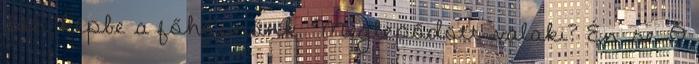
jön képbe a főhősnőnk. Meglepődött valaki? Én se. Ő